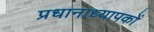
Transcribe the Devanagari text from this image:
प्रधानाध्यापकों